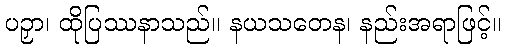
ပဉှာ၊ ထိုပြဿနာသည်။ နယသတေန၊ နည်းအရာဖြင့်။